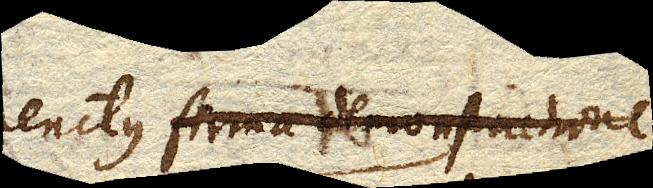
firma demonstratione penitus